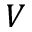
V